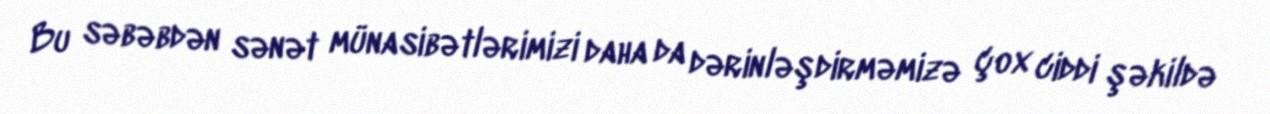
Bu səbəbdən sənət münasibətlərimizi daha da dərinləşdirməmizə çox ciddi şəkildə